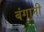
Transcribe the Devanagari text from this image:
बंगानी